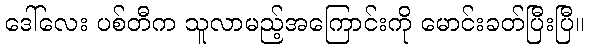
ဒေါ်လေး ပစ်တီက သူလာမည့်အကြောင်းကို မောင်းခတ်ပြီးပြီ။